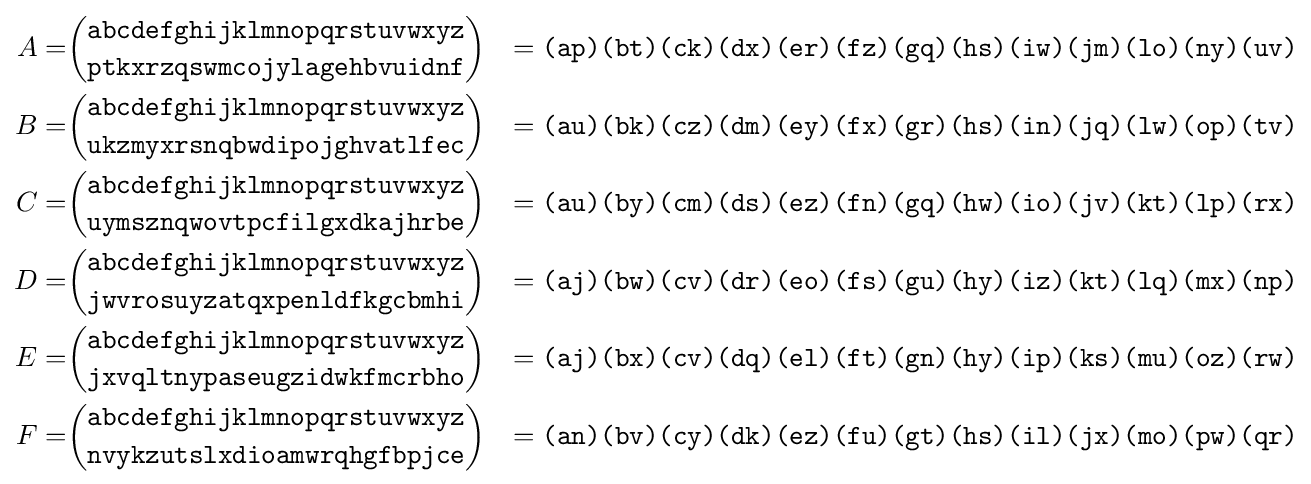
{\begin{aligned}A=&{\binom {\texttt {abcdefghijklmnopqrstuvwxyz}}{\texttt {ptkxrzqswmcojylagehbvuidnf}}}&={\texttt {(ap)(bt)(ck)(dx)(er)(fz)(gq)(hs)(iw)(jm)(lo)(ny)(uv)}}\\B=&{\binom {\texttt {abcdefghijklmnopqrstuvwxyz}}{\texttt {ukzmyxrsnqbwdipojghvatlfec}}}&={\texttt {(au)(bk)(cz)(dm)(ey)(fx)(gr)(hs)(in)(jq)(lw)(op)(tv)}}\\C=&{\binom {\texttt {abcdefghijklmnopqrstuvwxyz}}{\texttt {uymsznqwovtpcfilgxdkajhrbe}}}&={\texttt {(au)(by)(cm)(ds)(ez)(fn)(gq)(hw)(io)(jv)(kt)(lp)(rx)}}\\D=&{\binom {\texttt {abcdefghijklmnopqrstuvwxyz}}{\texttt {jwvrosuyzatqxpenldfkgcbmhi}}}&={\texttt {(aj)(bw)(cv)(dr)(eo)(fs)(gu)(hy)(iz)(kt)(lq)(mx)(np)}}\\E=&{\binom {\texttt {abcdefghijklmnopqrstuvwxyz}}{\texttt {jxvqltnypaseugzidwkfmcrbho}}}&={\texttt {(aj)(bx)(cv)(dq)(el)(ft)(gn)(hy)(ip)(ks)(mu)(oz)(rw)}}\\F=&{\binom {\texttt {abcdefghijklmnopqrstuvwxyz}}{\texttt {nvykzutslxdioamwrqhgfbpjce}}}&={\texttt {(an)(bv)(cy)(dk)(ez)(fu)(gt)(hs)(il)(jx)(mo)(pw)(qr)}}\\\end{aligned}}